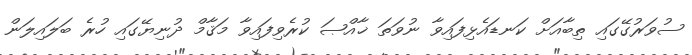
ސުވަރުގޭގައި ތިބާއަށް ކަނޑައެޅިފައިވާ ނުވަތަ ޚާއްޞަ ކުރެވިފައިވާ މަޤާމް ދުނިޔޭގައި ހުރެ ބަލައިލަން